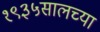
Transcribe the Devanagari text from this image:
१९३५सालच्या